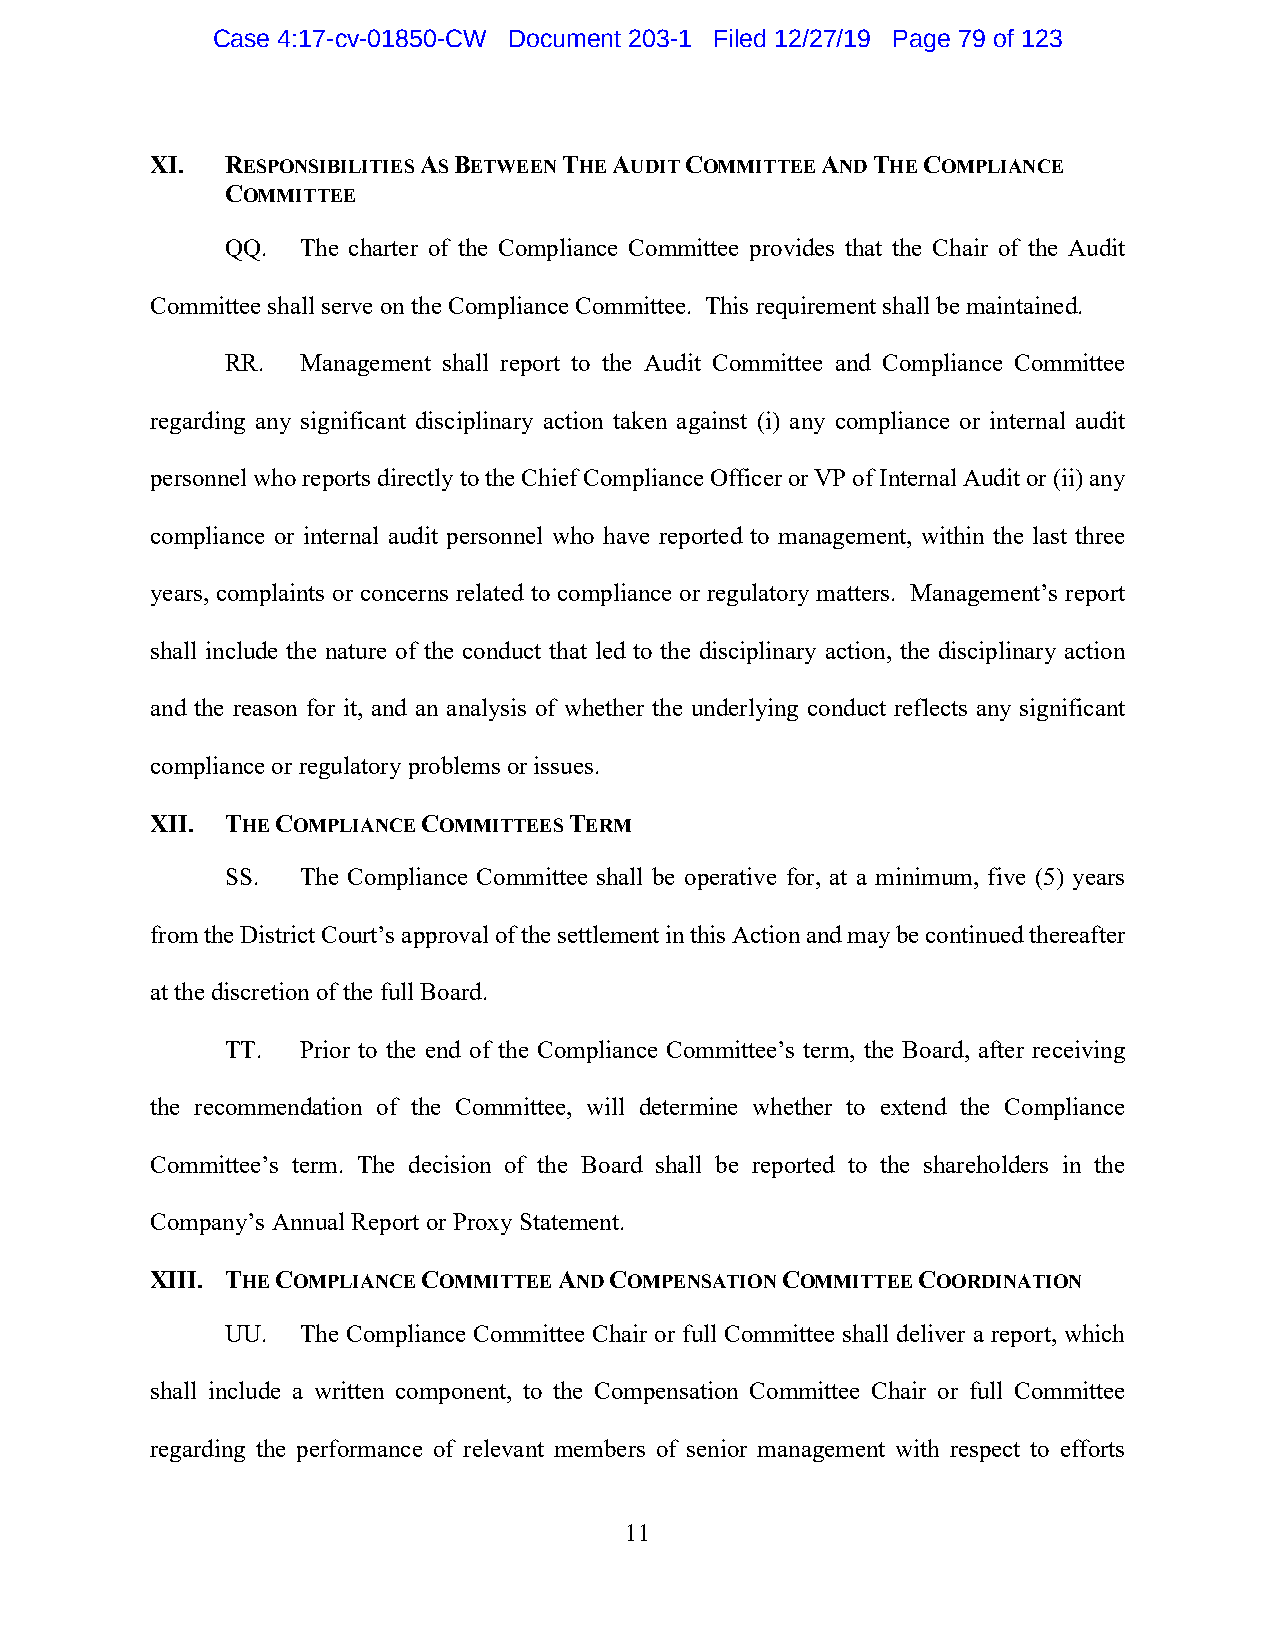
Case 4:17-cv-01850-CW Document 203-1 Filed 12/27/19 Page 79 of 123
 XI.  RESPONSIBILITIES AS BETWEEN THE AUDIT COMMITTEE AND THE COMPLIANCE
 COMMITTEE
 QQ.  The charter of the Compliance Committee provides that the Chair of the Audit
 Committee shall serve on the Compliance Committee. This requirement shall be maintained.
 RR.  Management shall report to the Audit Committee and Compliance Committee
 regarding any significant disciplinary action taken against (i) any compliance or internal audit
 personnel who reports directly to the Chief Compliance Officer or VP of Internal Audit or (ii) any
 compliance or internal audit personnel who have reported to management, within the last three
 years, complaints or concerns related to compliance or regulatory matters. Management’s report
 shall include the nature of the conduct that led to the disciplinary action, the disciplinary action
 and the reason for it, and an analysis of whether the underlying conduct reflects any significant
 compliance or regulatory problems or issues.
 XII. THE COMPLIANCE COMMITTEES TERM
 SS.  The Compliance Committee shall be operative for, at a minimum, five (5) years
 from the District Court’s approval of the settlement in this Action and may be continued thereafter
 at the discretion of the full Board.
 TT.  Prior to the end of the Compliance Committee’s term, the Board, after receiving
 the recommendation of the Committee, will determine whether to extend the Compliance
 Committee’s term. The decision of the Board shall be reported to the shareholders in the
 Company’s Annual Report or Proxy Statement.
 XIII. THE COMPLIANCE COMMITTEE AND COMPENSATION COMMITTEE COORDINATION
 UU.  The Compliance Committee Chair or full Committee shall deliver a report, which
 shall include a written component, to the Compensation Committee Chair or full Committee
 regarding the performance of relevant members of senior management with respect to efforts
 11